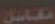
معامل